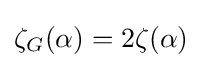
\textstyle \zeta _{G}(\alpha )=2\zeta (\alpha )